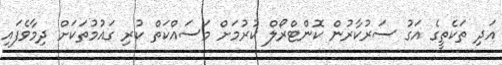
އަދި ތަކެތީގެ އަގު ސަރުކާރުން ކޮންޓްރޯލް ކުރުމަށް މަސައްކަތް ކުރި ގައުމުތަކަށް ދިމާވެފައި